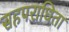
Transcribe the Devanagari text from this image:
सहपराधिता